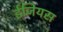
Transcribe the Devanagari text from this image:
ईजियस